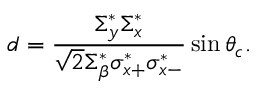
d = \frac { \Sigma _ { y } ^ { * } \Sigma _ { x } ^ { * } } { \sqrt { 2 } \Sigma _ { \beta } ^ { * } \sigma _ { x + } ^ { * } \sigma _ { x - } ^ { * } } \sin \theta _ { c } .